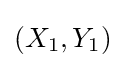
\left(X_{1},Y_{1}\right)